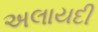
અલાયદી